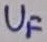
Text: UF